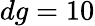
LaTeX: dg=10